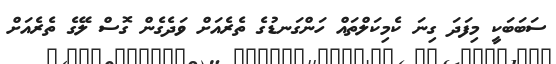
ސަބަބަކީ މިފަދަ ގިނަ ކެމިކަލްތައް ހަންގަނޑުގެ ތެރެއަށް ވަދެގެން ގޮސް ލޭގެ ތެރެއަށް